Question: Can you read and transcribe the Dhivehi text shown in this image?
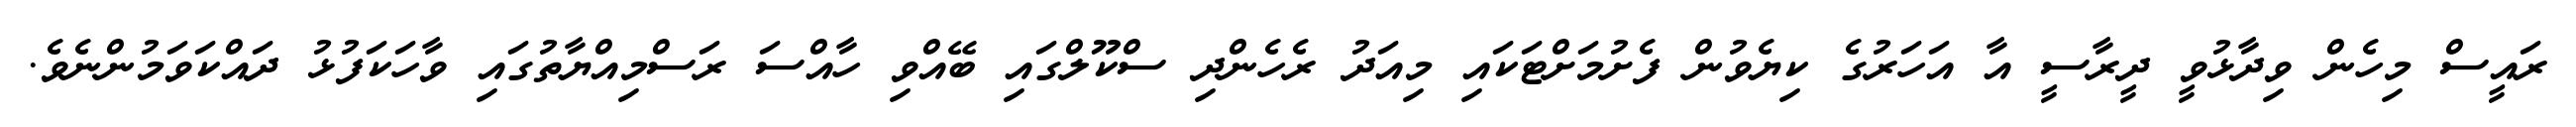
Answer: ރައީސް މިހެން ވިދާޅުވީ ދީރާސީ އާ އަހަރުގެ ކިޔެވުން ފެށުމަށްޓަކައި މިއަދު ރެހެންދި ސްކޫލްގައި ބޭއްވި ހާއްސަ ރަސްމިއްޔާތުގައި ވާހަކަފުޅު ދައްކަވަމުންނެވެ.